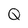
Character: Q